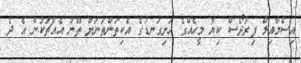
އިސްމާއިލް ފިރުދޯސް ކިޔާ މީހެއްގެ ހަށިގަނޑުގެ އެކިތަންތަނަށް ތޫނު އެއްޗަކުން އެ ދެ